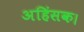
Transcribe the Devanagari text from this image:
अहिंसक।